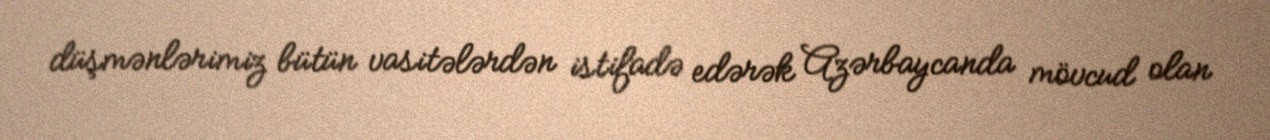
düşmənlərimiz bütün vasitələrdən istifadə edərək Azərbaycanda mövcud olan